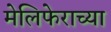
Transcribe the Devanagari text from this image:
मेलिफेराच्या